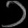
Digit: ၁